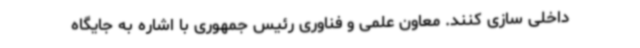
داخلی سازی کنند. معاون علمی و فناوری رئیس جمهوری با اشاره به جایگاه